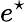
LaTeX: e^{\star}